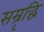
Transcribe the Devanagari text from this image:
सम्रृद्धि